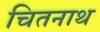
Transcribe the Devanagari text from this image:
चितनाथ